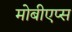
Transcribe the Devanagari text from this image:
मोबीएप्स